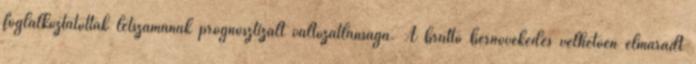
foglalkoztatottak létszámának prognosztizált változatlansága. A bruttó bérnövekedés vélhetően elmaradt